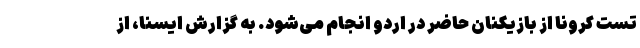
تست کرونا از بازیکنان حاضر در اردو انجام می‌شود. به گزارش ایسنا، از